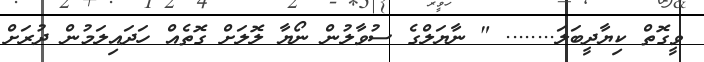
ވީގޮތް ކިޔާދީބަލަ........ " ނާޔަލްގެ ސުވާލުން ނޯޔާ ލޮލަށް ގޮތެއް ހަދައިލަމުން ދުރަށް